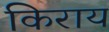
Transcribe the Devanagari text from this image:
किराय